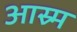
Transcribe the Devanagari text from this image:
आस्र्म